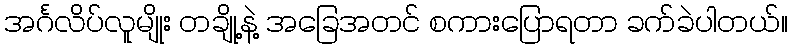
အင်္ဂလိပ်လူမျိုး တချို့နဲ့ အခြေအတင် စကားပြောရတာ ခက်ခဲပါတယ်။